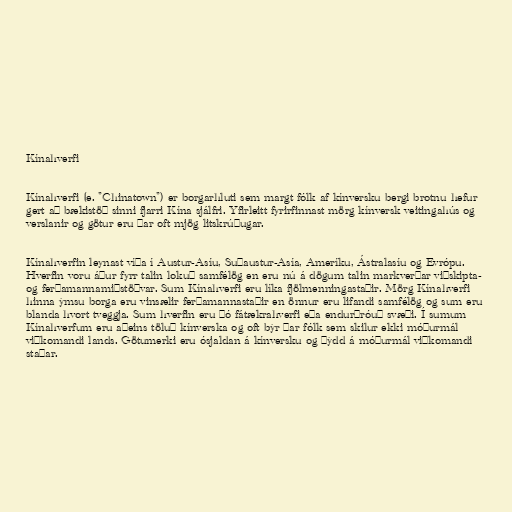
Kínahverfi

Kínahverfi (e. "Chinatown") er borgarhluti sem margt fólk af kínversku bergi brotnu hefur
gert að bækistöð sinni fjarri Kína sjálfri. Yfirleitt fyrirfinnast mörg kínversk veitingahús og
verslanir og götur eru þar oft mjög litskrúðugar.

Kínahverfin leynast víða í Austur-Asíu, Suðaustur-Asía, Ameríku, Ástralasíu og Evrópu.
Hverfin voru áður fyrr talin lokuð samfélög en eru nú á dögum talin markverðar viðskipta-
og ferðamannamiðstöðvar. Sum Kínahverfi eru líka fjölmenningastaðir. Mörg Kínahverfi
hinna ýmsu borga eru vinsælir ferðamannastaðir en önnur eru lifandi samfélög og sum eru
blanda hvort tveggja. Sum hverfin eru þó fátækrahverfi eða endurþróuð svæði. Í sumum
Kínahverfum eru aðeins töluð kínverska og oft býr þar fólk sem skilur ekki móðurmál
viðkomandi lands. Götumerki eru ósjaldan á kínversku og þýdd á móðurmál viðkomandi
staðar.